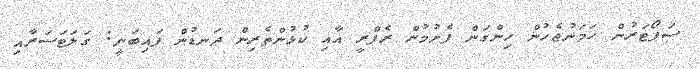
ސަޕޯޓަރުން ހަމަނުޖެހުން ހިންގަން ފެށުމުން ރެފްރީ އާއި ކުޅުންތެރިން ދަނޑުން ފައިބަނީ: ގަލަޓަސަރާއި